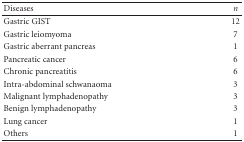
<table><thead><tr><td><b>Diseases</b></td><td><b><i>n</i></b></td></tr></thead><tbody><tr><td>Gastric GIST</td><td>12</td></tr><tr><td>Gastric leiomyoma</td><td>7</td></tr><tr><td>Gastric aberrant pancreas</td><td>1</td></tr><tr><td>Pancreatic cancer</td><td>6</td></tr><tr><td>Chronic pancreatitis</td><td>6</td></tr><tr><td>Intra-abdominal schwanaoma</td><td>3</td></tr><tr><td>Malignant lymphadenopathy</td><td>3</td></tr><tr><td>Benign lymphadenopathy</td><td>3</td></tr><tr><td>Lung cancer</td><td>1</td></tr><tr><td>Others</td><td>1</td></tr></tbody></table>